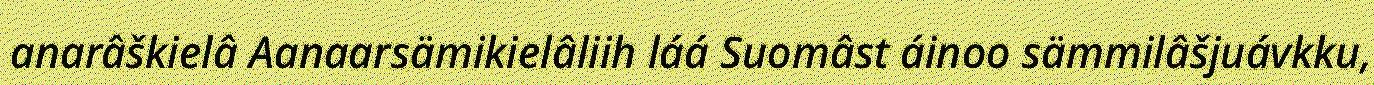
anarâškielâ Aanaarsämikielâliih láá Suomâst áinoo sämmilâšjuávkku,